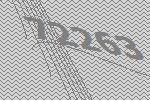
72263